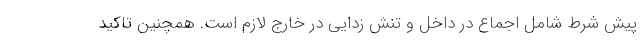
پیش شرط شامل اجماع در داخل و تنش زدایی در خارج لازم است. همچنین تاکید